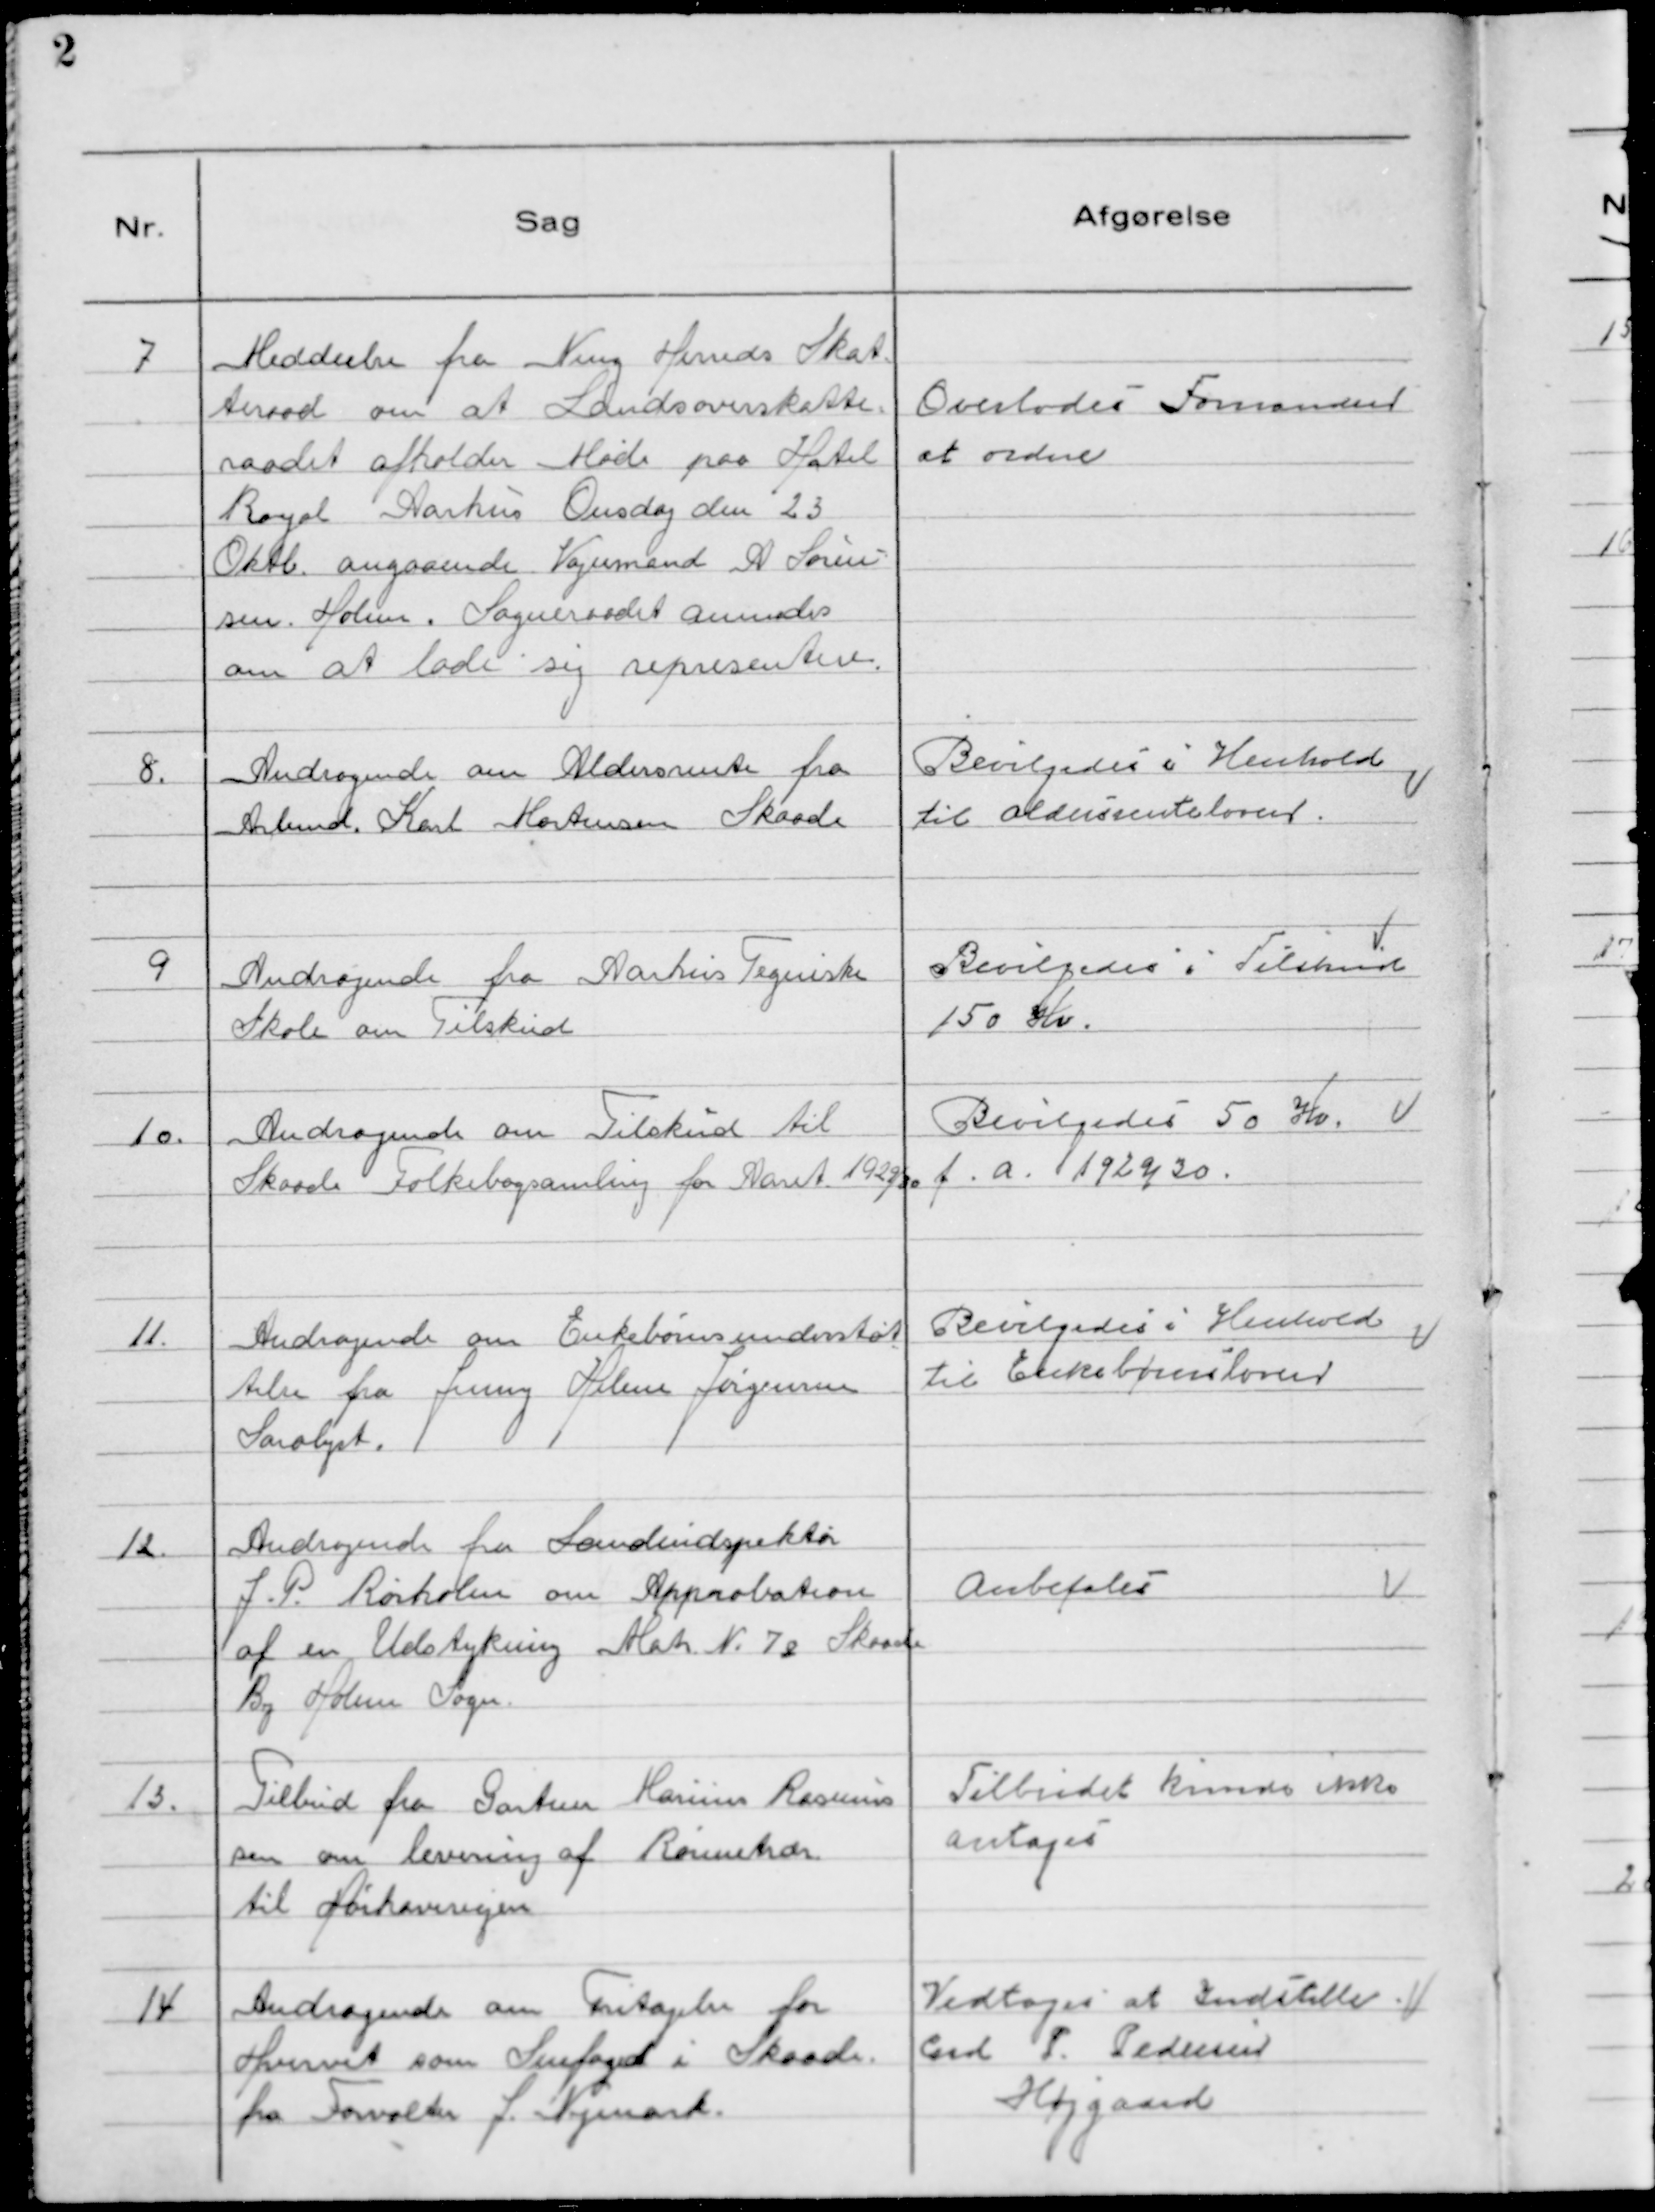
Transskription:
7. Meddeelse fra Ning Herreds Skat=
terad om at Landsoverskatte=
raadet afholder Møde paa Hotel
Royal Aarhus Onsdag den 23
Oktb. angaaende Vognmand A Søren-
sen Holm. Sogneraadet anmodes
om at lade sig representere.

Overlades Formand
at ordne

8. Andragende om Aldersrente fra
Arbmd. Karl Mortensen Skaade

Bevilgedes i Henhold
til aldersrenteloven.

9. Andragende fra Aarhus Tegniske
Skole om Tilskud

Bevilgedes i Tilskud
150 Kr.

10. Andragende om Tilskud til
Skaade Folkebogsamling for Aaret 1929/30

Bevilgedes 50 Kr.
f.a. 1929/30.

11. Andragende om Enkebørnsunderstøt=
telse fra Jenny Helene Jørgensen
Saralyst.

Bevilgedes i Henhold
til Enkebørnsloven

12. Andragende fra Landinspektør
J.P. Rørholm om Approbation
af en Udstykning Matr. N. 78 Skaade
By Holme Sogn.

Anbefales

13. Tilbud fra Gartner Marinus Rasmus
sen om levering af Rønnetrær
til Hørhavevejen

Tilbudet kunne ikke
antages

Andragende om Fritagelse for
Hvervet som Snefoged i Skaade
fra Forvalter J. Nymark.

Vedtoges at Indstille
Carl P. Pedersen
Højgaard